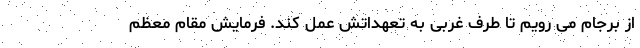
از برجام می رویم تا طرف غربی به تعهداتش عمل کند. فرمایش مقام معظم